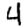
Digit: 4